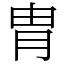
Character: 胄